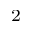
_ { 2 }